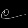
Digit: ၉